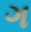
ગ